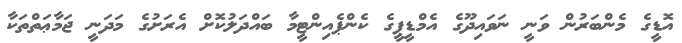
އޮޑީގެ މެންބަރުން ވަނީ ނަވައިދޫގެ އެމްޑީޕީގެ ކެންޕެއިންޓީމާ ބައްދަލުކޮށް އެރަށުގެ މަދަނީ ޖަމާޢަތްތަކާ